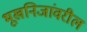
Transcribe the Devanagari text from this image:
भूखनिजांवरील